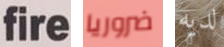
fire ضروريا لديه